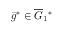
\bar { g } ^ { * } \in \overline { { G } } _ { 1 } { } ^ { * }